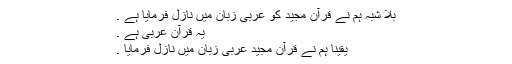
بلا شبہ ہم نے قرآن مجيد كو عربى زبان ميں نازل فرمايا ہے .
يہ قرآن عربى ہے .
يقينا ہم نے قرآن مجيد عربى زبان ميں نازل فرمايا .